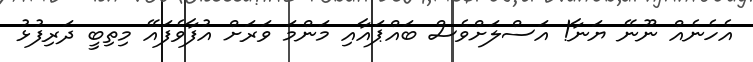
އެހެނެއް ނޫނޭ ޔަނާ! އަސްލަށްވެސް ބައްޕައާއި މަންމަ ވަރަށް އުފާވެފައޭ މިތިބީ ދަރިފުޅު